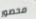
محصور